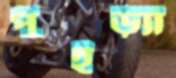
পুইড়্যা